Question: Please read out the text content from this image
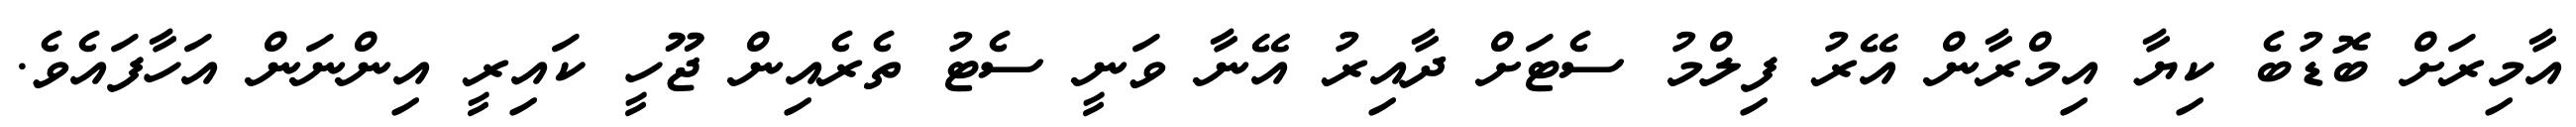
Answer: އާމިރަށް ބޮޑުބެ ކިޔާ އިމްރާން އޭރު ފިލްމު ސެޓަށް ދާއިރު އޭނާ ވަނީ ސެޓު ތެރެއިން ޖޫހީ ކައިރީ އިންނަން އަހާފައެވެ.